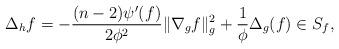
LaTeX: \begin{align*}\Delta_hf=-\frac{(n-2)\psi'(f)}{2\phi^2}\|\nabla_gf\|^2_g+\frac{1}{\phi}\Delta_g(f)\in S_f,\end{align*}